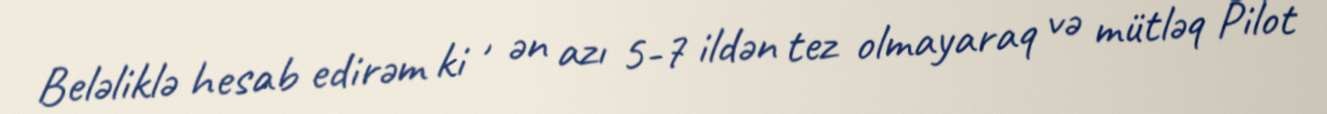
Beləliklə hesab edirəm ki , ən azı 5-7 ildən tez olmayaraq və mütləq Pilot